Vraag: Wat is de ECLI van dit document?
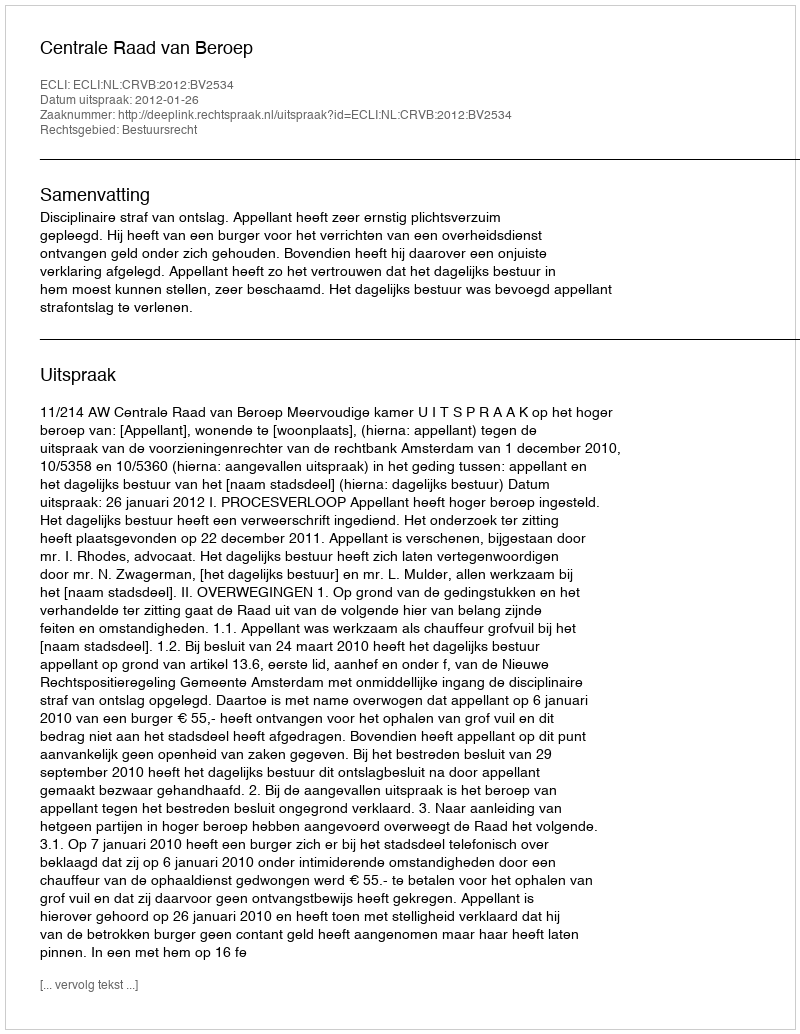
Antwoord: ECLI:NL:CRVB:2012:BV2534